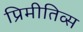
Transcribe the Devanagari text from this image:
प्रिमीतिव्स